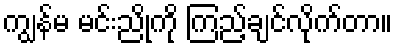
ကျွန်မ မင်းညိုကို ကြည့်ချင်လိုက်တာ။